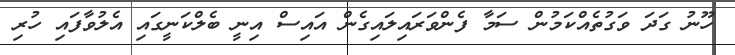
ހޫނު ގަދަ ވަގުތެއްކަމުން ސަމާ ފެންވަރައިލައިގެން އައިސް އިނީ ބެލްކަނީގައި އެލުވާފައި ހުރި